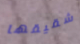
شقيقها